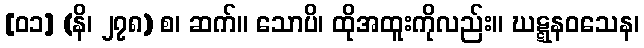
[၀၁] (နိ၊ ၂၇၈) စ၊ ဆက်။ သောပိ၊ ထိုအထူးကိုလည်း။ ဃဋ္ဋနဝသေန၊